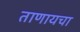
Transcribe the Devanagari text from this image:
ताणायचा